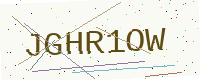
Text: JGHR1OW